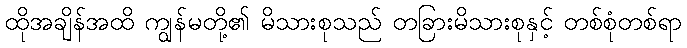
ထိုအချိန်အထိ ကျွန်မတို့၏ မိသားစုသည် တခြားမိသားစုနှင့် တစ်စုံတစ်ရာ